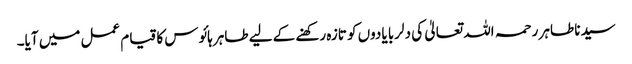
سیدنا طاہر رحمہ اللہ تعالیٰ کی دلربا یادوں کو تازہ رکھنے کے لیے طاہر ہائوس کا قیام عمل میں آیا۔